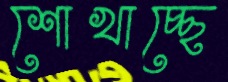
শোখাচ্ছে